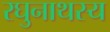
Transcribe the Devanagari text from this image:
रघुनाथस्य